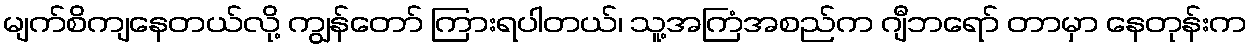
မျက်စိကျနေတယ်လို့ ကျွန်တော် ကြားရပါတယ်၊ သူ့အကြံအစည်က ဂျီဘရော် တာမှာ နေတုန်းက